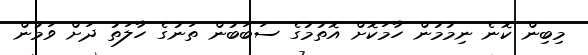
މިބިން ކޮނެ ނިމުމުން ހާމަކޮށް އޮތުމުގެ ސަބަބުން ތަނުގެ ހާލަތު ދަށް ވަމުން